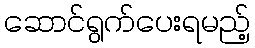
ဆောင်ရွက်ပေးရမည့်